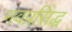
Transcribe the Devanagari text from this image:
नवप्रसिद्ध